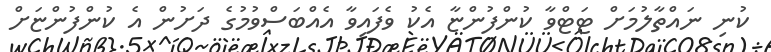
ކުނި ނައްތާލުމަށް ޓަޓްވާ ކުންފުންޏާ އެކު ވެފައިވާ އެއްބަސްވުމުގެ ދަށުން އެ ކުންފުންޏަށް